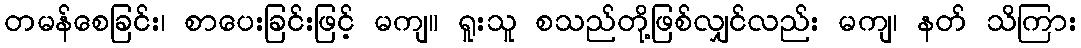
တမန်စေခြင်း၊ စာပေးခြင်းဖြင့် မကျ။ ရူးသူ စသည်တို့ဖြစ်လျှင်လည်း မကျ၊ နတ် သိကြား